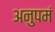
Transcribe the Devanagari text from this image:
अनुपमं